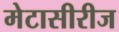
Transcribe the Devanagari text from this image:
मेटासीरीज